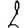
Digit: 2